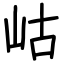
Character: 岵